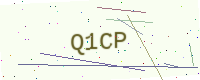
Text: Q1CP